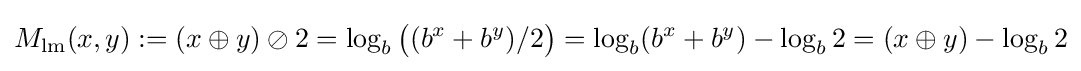
M_{\mathrm {lm} }(x,y):=(x\oplus y)\oslash 2=\log _{b}{\bigl (}(b^{x}+b^{y})/2{\bigr )}=\log _{b}(b^{x}+b^{y})-\log _{b}2=(x\oplus y)-\log _{b}2